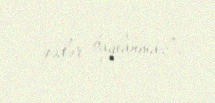
qədər bağlanmaz”.